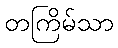
တကြိမ်သာ